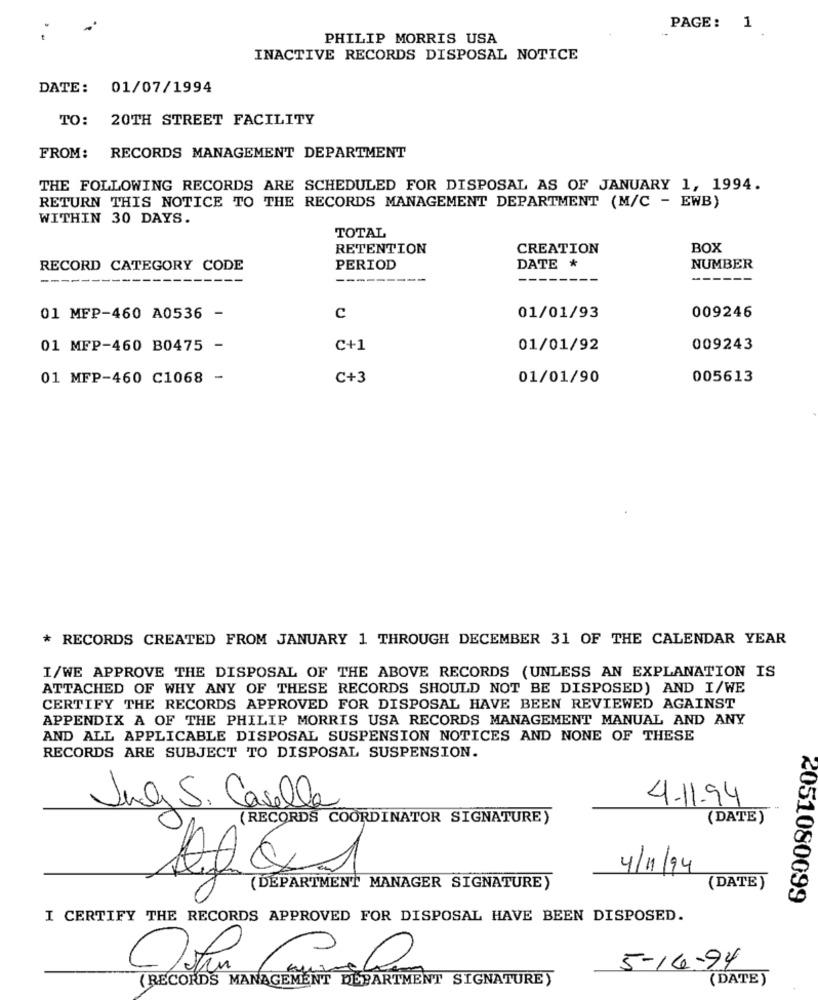
PAGE: 1
PHILIP MORRIS USA
INACTIVE RECORDS DISPOSAL NOTICE
DATE:
01/07/1994
TO: 20TH STREET FACILITY
FROM: RECORDS MANAGEMENT DEPARTMENT
THE FOLLOWING RECORDS ARE SCHEDULED FOR DISPOSAL AS OF JANUARY 1, 1994.
RETURN THIS NOTICE TO THE RECORDS MANAGEMENT DEPARTMENT (M/C - EWB)
WITHIN 30 DAYS.
TOTAL
RETENTION
CREATION
BOX
RECORD CATEGORY CODE
PERIOD
DATE *
NUMBER
---
---------
------
01 MFP-460 A0536 -
C
01/01/93
009246
01 MFP-460 B0475 -
C+1
01/01/92
009243
01 MFP-460 C1068 -
C+3
01/01/90
005613
* RECORDS CREATED FROM JANUARY 1 THROUGH DECEMBER 31 OF THE CALENDAR YEAR
I/WE APPROVE THE DISPOSAL OF THE ABOVE RECORDS (UNLESS AN EXPLANATION IS
ATTACHED OF WHY ANY OF THESE RECORDS SHOULD NOT BE DISPOSED) AND I/WE
CERTIFY THE RECORDS APPROVED FOR DISPOSAL HAVE BEEN REVIEWED AGAINST
APPENDIX A OF THE PHILIP MORRIS USA RECORDS MANAGEMENT MANUAL AND ANY
AND ALL APPLICABLE DISPOSAL SUSPENSION NOTICES AND NONE OF THESE
RECORDS ARE SUBJECT TO DISPOSAL SUSPENSION.
4.11.94
July S. Casella
(RECORDS COORDINATOR SIGNATURE)
(DATE)
4/11/94
(DEPARTMENT MANAGER SIGNATURE)
(DATE)
2051080099
I CERTIFY THE RECORDS APPROVED FOR DISPOSAL HAVE BEEN DISPOSED.
5-16-94
(RECORDS MANAGEMENT DEPARTMENT SIGNATURE)
(DATE)